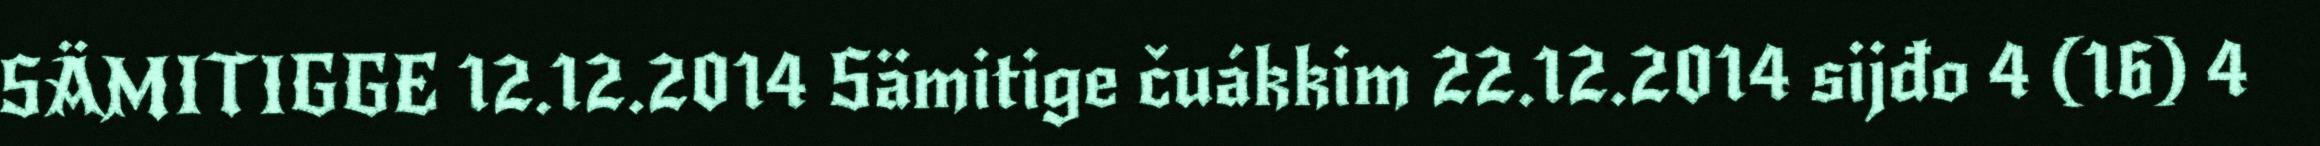
SÄMITIGGE 12.12.2014 Sämitige čuákkim 22.12.2014 sijđo 4 (16) 4